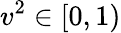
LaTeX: v^{2}\in[0,1)